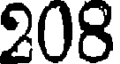
208